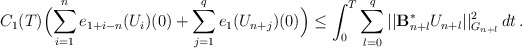
\begin{align*}C_1(T)\Big(\displaystyle{\sum_{i=1}^n e_{1+i-n}(U_i)(0)} + \sum_{j=1}^q e_1(U_{n+j})(0)\Big) \le \int_0^T \sum_{l=0}^q || \mathcal{\mathbf{B}}_{n+l}^{\ast}U_{n+l}||_{G_{n+l}}^2 \, dt \,.\end{align*}